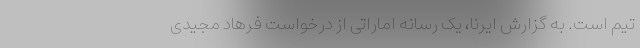
تیم است. به گزارش ایرنا، یک رسانه اماراتی از درخواست فرهاد مجیدی